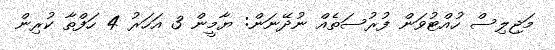
މަޖިލިސް ހުއްޓުވަން ފުރުސަތެއް ނުދޭނަން: ޔާމީން 3 އަހަރު 4 ހަފްތާ ކުރިން